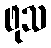
ဖုသ